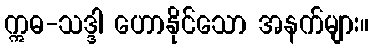
ဣဓ-သဒ္ဒါ ဟောနိုင်သော အနက်များ။